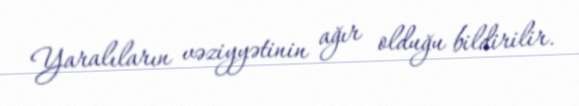
Yaralıların vəziyyətinin ağır olduğu bildirilir.